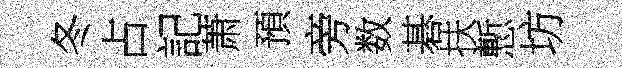
冬占記萧預旁数碁扶慙坊